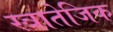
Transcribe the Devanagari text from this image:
स्त्रातेजिक